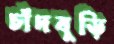
চাঁদবুড়ি